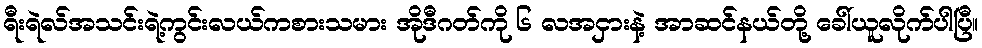
ရီးရဲလ်အသင်းရဲ့ကွင်းလယ်ကစားသမား အိုဒီဂတ်ကို ၆ လအငှားနဲ့ အာဆင်နယ်တို့ ခေါ်ယူလိုက်ပါပြီ။